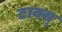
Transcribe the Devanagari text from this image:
टाक्स्